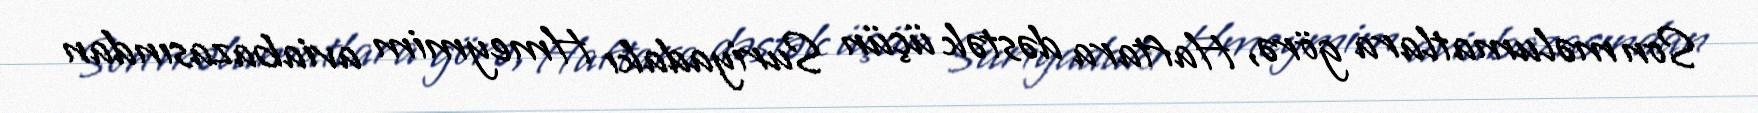
Son məlumatlara görə, Haftara dəstək üçün Suriyadakı Hmeymim aviabazasından